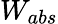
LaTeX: W_{abs}